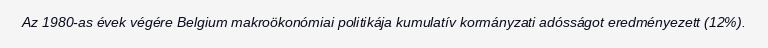
Az 1980-as évek végére Belgium makroökonómiai politikája kumulatív kormányzati adósságot eredményezett (12%).